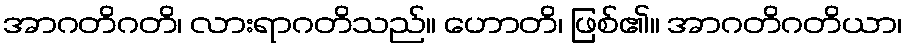
အာဂတိဂတိ၊ လားရာဂတိသည်။ ဟောတိ၊ ဖြစ်၏။ အာဂတိဂတိယာ၊